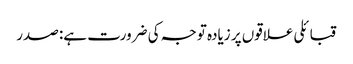
قبائلی علاقوں پر زیادہ توجہ کی ضرورت ہے: صدر